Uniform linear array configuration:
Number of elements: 16
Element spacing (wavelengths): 1
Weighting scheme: exponential
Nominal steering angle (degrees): -45
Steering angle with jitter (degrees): -45.533
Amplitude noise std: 0.05
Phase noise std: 0.05

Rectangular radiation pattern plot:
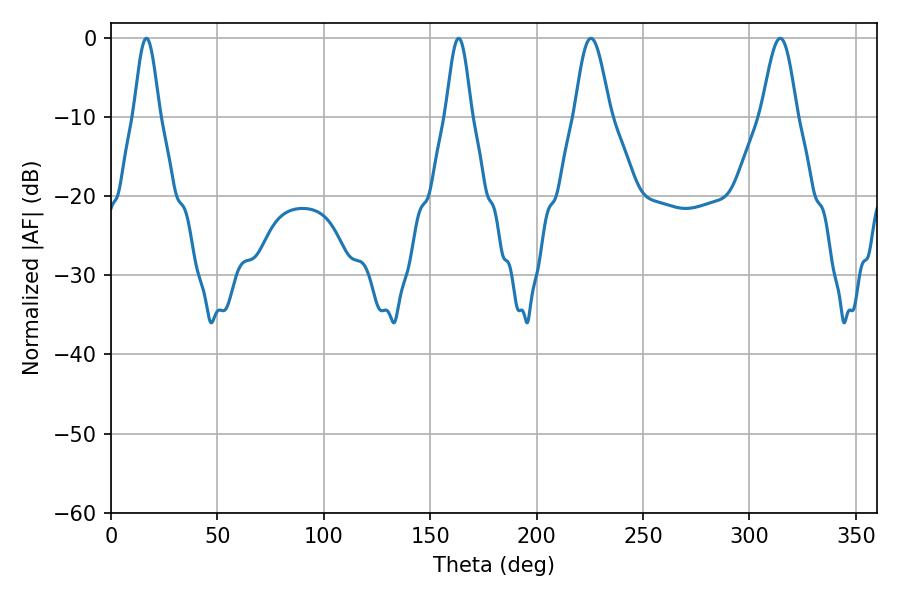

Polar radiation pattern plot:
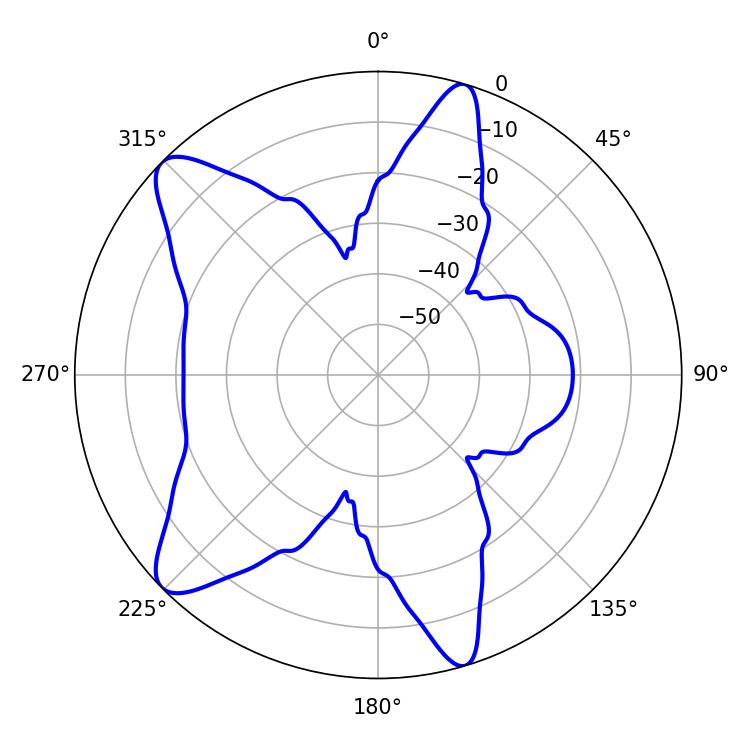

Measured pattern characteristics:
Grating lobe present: TRUE
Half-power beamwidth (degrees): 9
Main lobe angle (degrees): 225.54